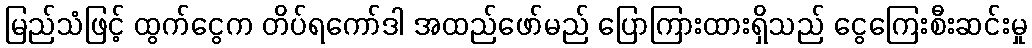
မြည်သံဖြင့် ထွက်ငွေက တိပ်ရကော်ဒါ အထည်ဖော်မည် ပြောကြားထားရှိသည် ငွေကြေးစီးဆင်းမှု